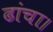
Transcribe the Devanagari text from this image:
ढांचा।